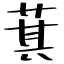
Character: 萁